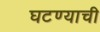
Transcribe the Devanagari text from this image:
घटण्याची